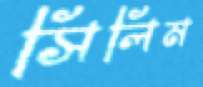
সিলিম